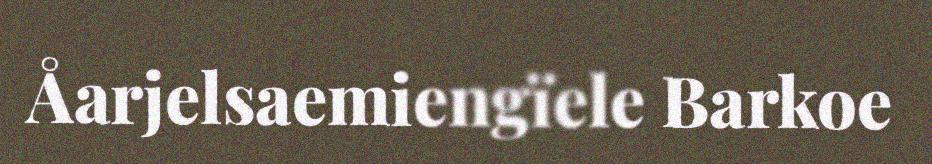
Åarjelsaemiengïele Barkoe